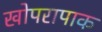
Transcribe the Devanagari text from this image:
खोपरापाक